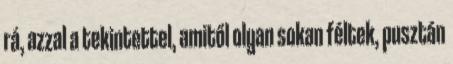
rá, azzal a tekintettel, amitől olyan sokan féltek, pusztán